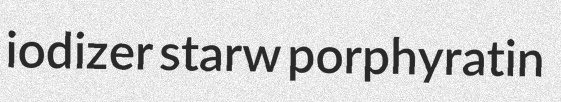
iodizer starw porphyratin